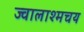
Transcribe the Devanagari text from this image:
ज्वालाश्मचय